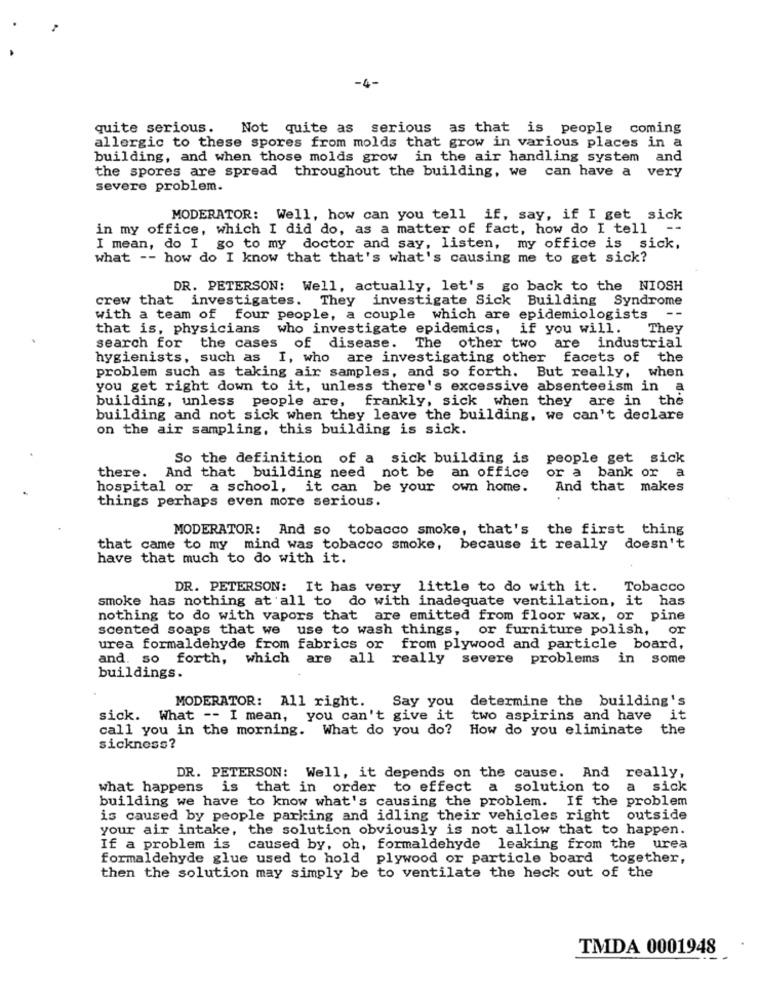
-4-
quite serious. Not quite as serious as that is people coming
allergic to these spores from molds that grow in various places in a
building, and when those molds grow in the air handling system and
the spores are spread throughout the building, we can have a very
severe problem.
MODERATOR: Well, how can you tell if, say, if I get sick
in my office, which I did do, as a matter of fact, how do I tell
--
I mean, do I go to my doctor and say, listen, my office is sick,
what -- how do I know that that's what's causing me to get sick?
DR. PETERSON: Well, actually, let's
go back to the NIOSH
crew that investigates. They investigate Sick Building Syndrome
--
with a team of four people, a couple which are epidemiologists
that is, physicians who investigate epidemics, if you will.
They
search for the cases of disease. The other two are industrial
hygienists, such as I, who are investigating other facets of the
problem such as taking air samples, and so forth. But really, when
you get right down to it, unless there's excessive absenteeism in a
building, unless people are, frankly, sick when they are in the
building and not sick when they leave the building, we can't declare
on the air sampling, this building is sick.
So the definition of a sick building is
people get sick
an office
a
there. And that building need not be
or a bank or
hospital or a school, it can be your own home.
And that makes
things perhaps even more serious.
MODERATOR: And so tobacco smoke, that's the first thing
that came to my mind was tobacco smoke, because it really doesn't
have that much to do with it.
DR. PETERSON: It has very little to do with it.
Tobacco
smoke has nothing at all to do with inadequate ventilation, it has
nothing to do with vapors that are emitted from floor wax, or pine
scented soaps that we use to wash things,
or furniture polish,
or
urea formaldehyde from fabrics or from plywood and particle board,
and. so forth, which are all really severe problems in some
buildings.
Say you
determine the building's
MODERATOR: All right.
sick. What -- I mean, you can't give it
two aspirins and have it
call you in the morning. What do you do?
How do you eliminate
the
sickness?
DR. PETERSON: Well, it depends on the cause. And really,
what happens is that in order to effect a solution to
a sick
building we have to know what's causing the problem. If the problem
is caused by people parking and idling their vehicles right outside
your air intake, the solution obviously is not allow that to happen.
If a problem is caused by, oh, formaldehyde leaking from the urea
formaldehyde glue used to hold plywood or particle board together,
then the solution may simply be to ventilate the heck out of the
TMDA 0001948